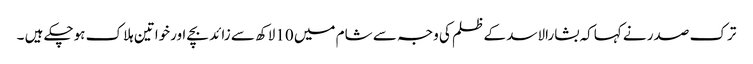
ترک صدر نے کہاکہ بشارالاسد کے ظلم کی وجہ سے شام میں 10لاکھ سے زائد بچے اورخواتین ہلاک ہوچکے ہیں ۔